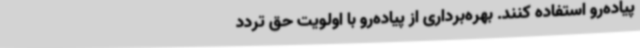
پیاده‌رو استفاده کنند. بهره‌برداری از پیاده‌رو با اولویت حق تردد